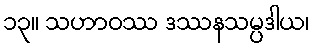
၁၃။ သဟာဝဿ ဒဿနသမ္ပဒါယ၊